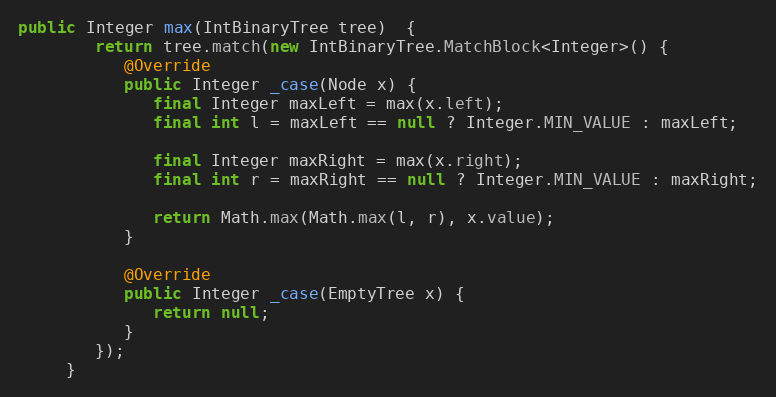
Language: Java
public Integer max(IntBinaryTree tree)  {
        return tree.match(new IntBinaryTree.MatchBlock<Integer>() {
           @Override
           public Integer _case(Node x) {
              final Integer maxLeft = max(x.left);
              final int l = maxLeft == null ? Integer.MIN_VALUE : maxLeft;

              final Integer maxRight = max(x.right);
              final int r = maxRight == null ? Integer.MIN_VALUE : maxRight;

              return Math.max(Math.max(l, r), x.value);
           }

           @Override
           public Integer _case(EmptyTree x) {
              return null;
           }
        });
     }